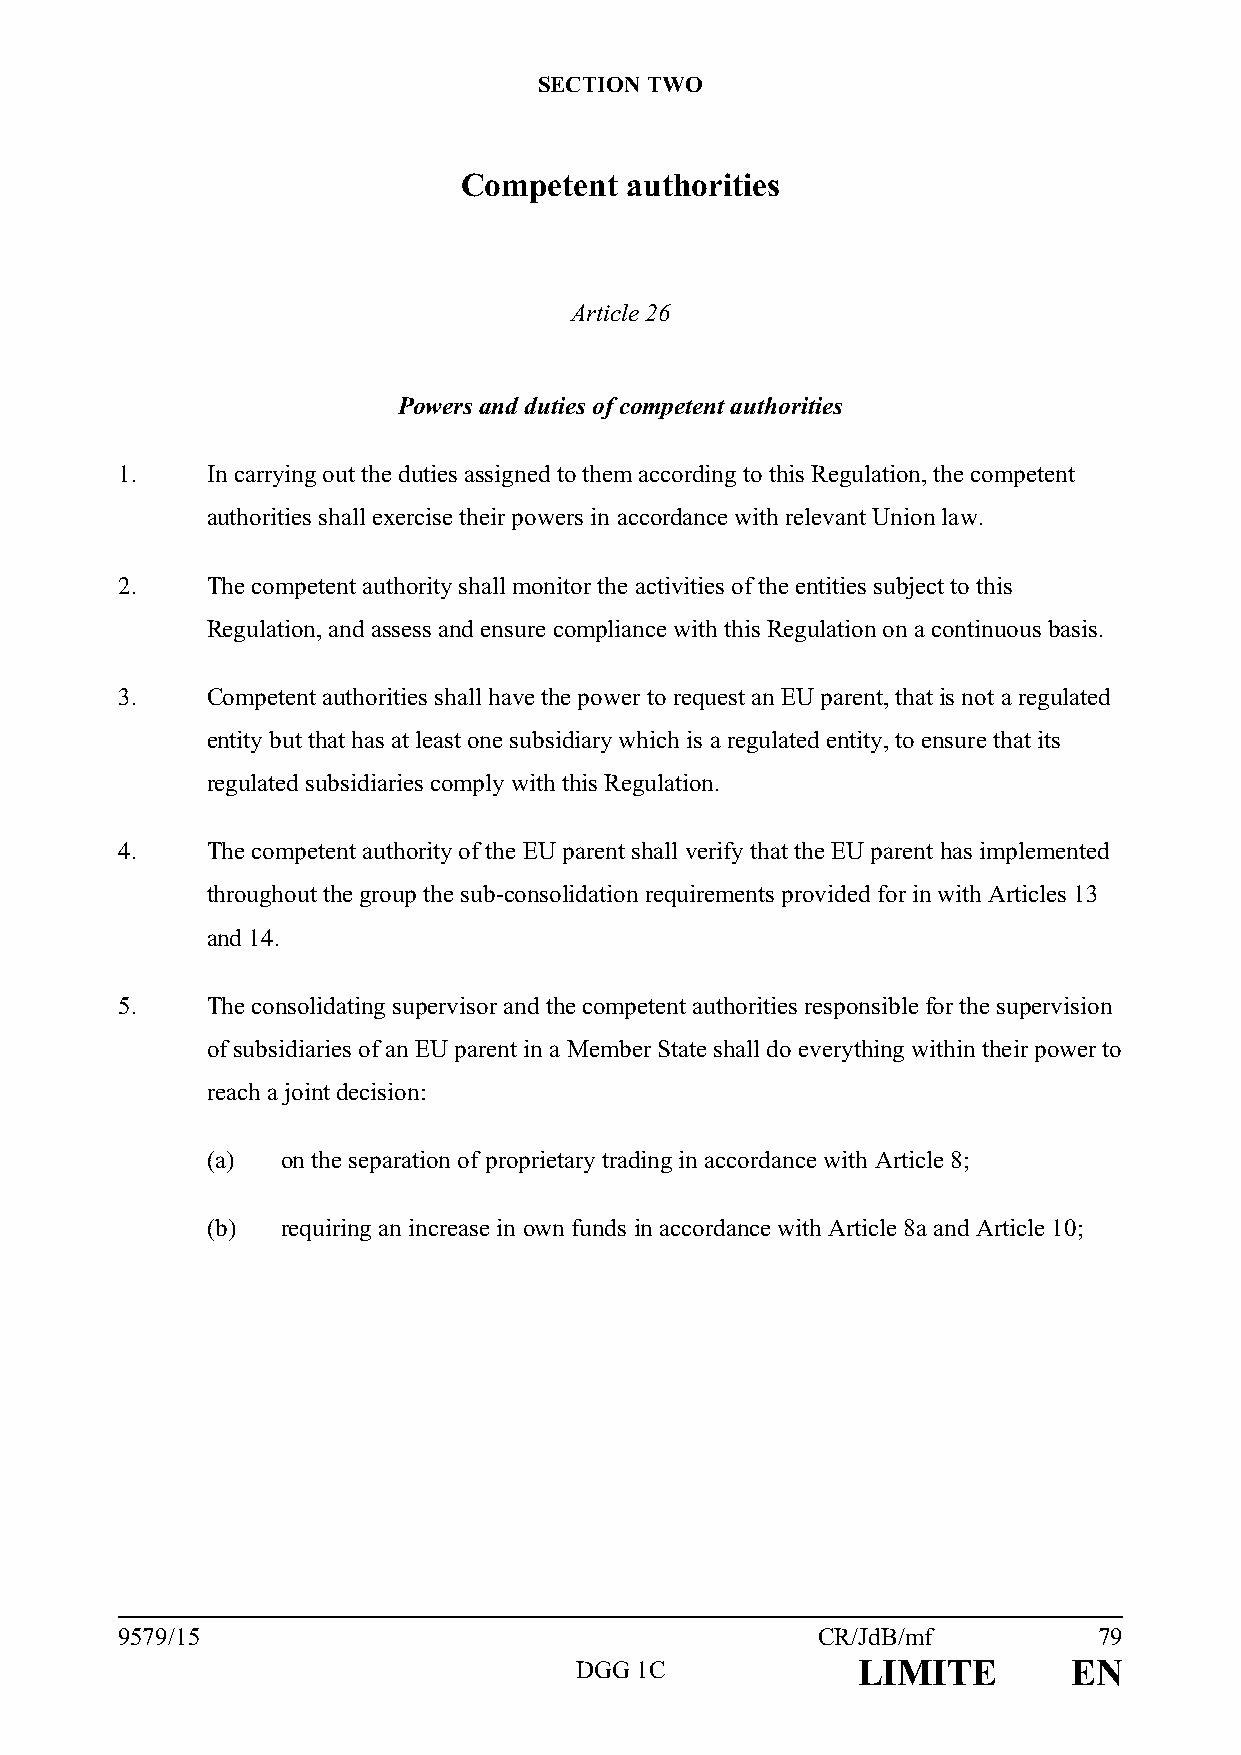
SECTION TWO
 Competent  authorities
 Article 26
 Powers and duties of competent authorities
 1.    In carrying out the duties assigned to them according to this Regulation, the competent
 authorities shall exercise their powers in accordance with relevant Union law.
 2.    The competent authority shall monitor the activities of the entities subject to this
 Regulation, and assess and ensure compliance with this Regulation on a continuous basis.
 3.    Competent authorities shall have the power to request an EU parent, that is not a regulated
 entity but that has at least one subsidiary which is a regulated entity, to ensure that its
 regulated subsidiaries comply with this Regulation.
 4.    The competent authority of the EU parent shall verify that the EU parent has implemented
 throughout the group the sub-consolidation requirements provided for in with Articles 13
 and 14.
 5.    The consolidating supervisor and the competent authorities responsible for the supervision
 of subsidiaries of an EU parent in a Member State shall do everything within their power to
 reach a joint decision:
 (a)  on the separation of proprietary trading in accordance with Article 8;
 (b)  requiring an increase in own funds in accordance with Article 8a and Article 10;
 9579/15                                       CR/JdB/mf          79
 DGG 1C             LIMITE        EN